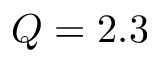
Q = 2 . 3